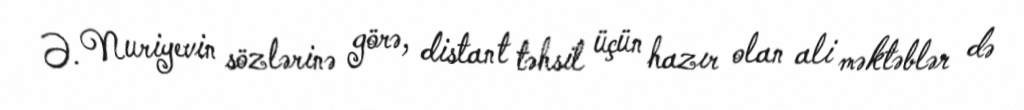
Ə. Nuriyevin sözlərinə görə, distant təhsil üçün hazır olan ali məktəblər də